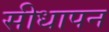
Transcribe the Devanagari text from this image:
सीधापन